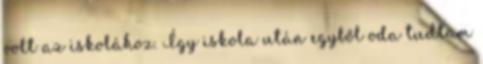
volt az iskolához. Így iskola után egyből oda tudtam